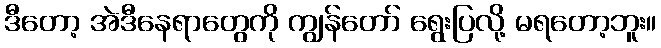
ဒီတော့ အဲဒီနေရာတွေကို ကျွန်တော် ရွေးပြလို့ မရတော့ဘူး။